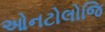
ઓનટોલોજિ